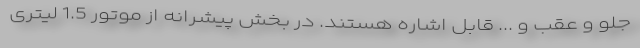
جلو و عقب و ... قابل اشاره هستند. در بخش پیشرانه از موتور 1.5 لیتری